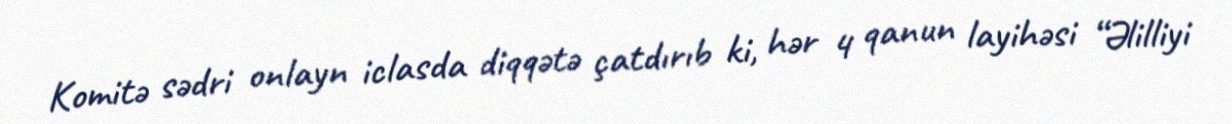
Komitə sədri onlayn iclasda diqqətə çatdırıb ki, hər 4 qanun layihəsi “Əlilliyi